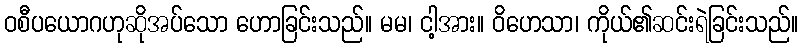
ဝစီပယောဂဟုဆိုအပ်သော ဟောခြင်းသည်။ မမ၊ ငါ့အား။ ဝိဟေသာ၊ ကိုယ်၏ဆင်းရဲခြင်းသည်။